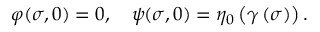
\varphi ( \sigma , 0 ) = 0 , \ \ \ \psi ( \sigma , 0 ) = \eta _ { 0 } \left( \gamma \left( \sigma \right) \right) .